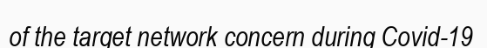
of the target network concern during Covid-19